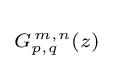
\scriptstyle G_{p,q}^{\,m,n}(z)